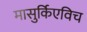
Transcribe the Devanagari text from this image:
मासुर्किएविच